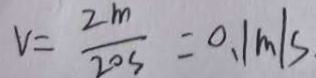
V = \frac { 2 m } { 2 0 s } = 0 . 1 m / s